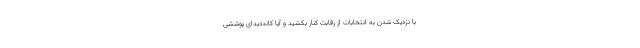
با نزدیک شدن به انتخابات از رقابت کنار بکشید و آیا کانددیدای پوششی